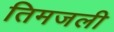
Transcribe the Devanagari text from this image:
तिमजली